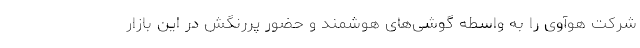
شرکت هوآوی را به واسطه گوشی‌های هوشمند و حضور پررنگش در این بازار